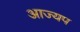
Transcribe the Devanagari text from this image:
आज्यप